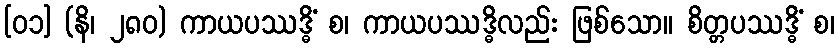
[၀၁] (နိ၊ ၂၈၀) ကာယပဿဒ္ဓိံ စ၊ ကာယပဿဒ္ဓိလည်း ဖြစ်သော။ စိတ္တပဿဒ္ဓိံ စ၊